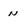
Character: n